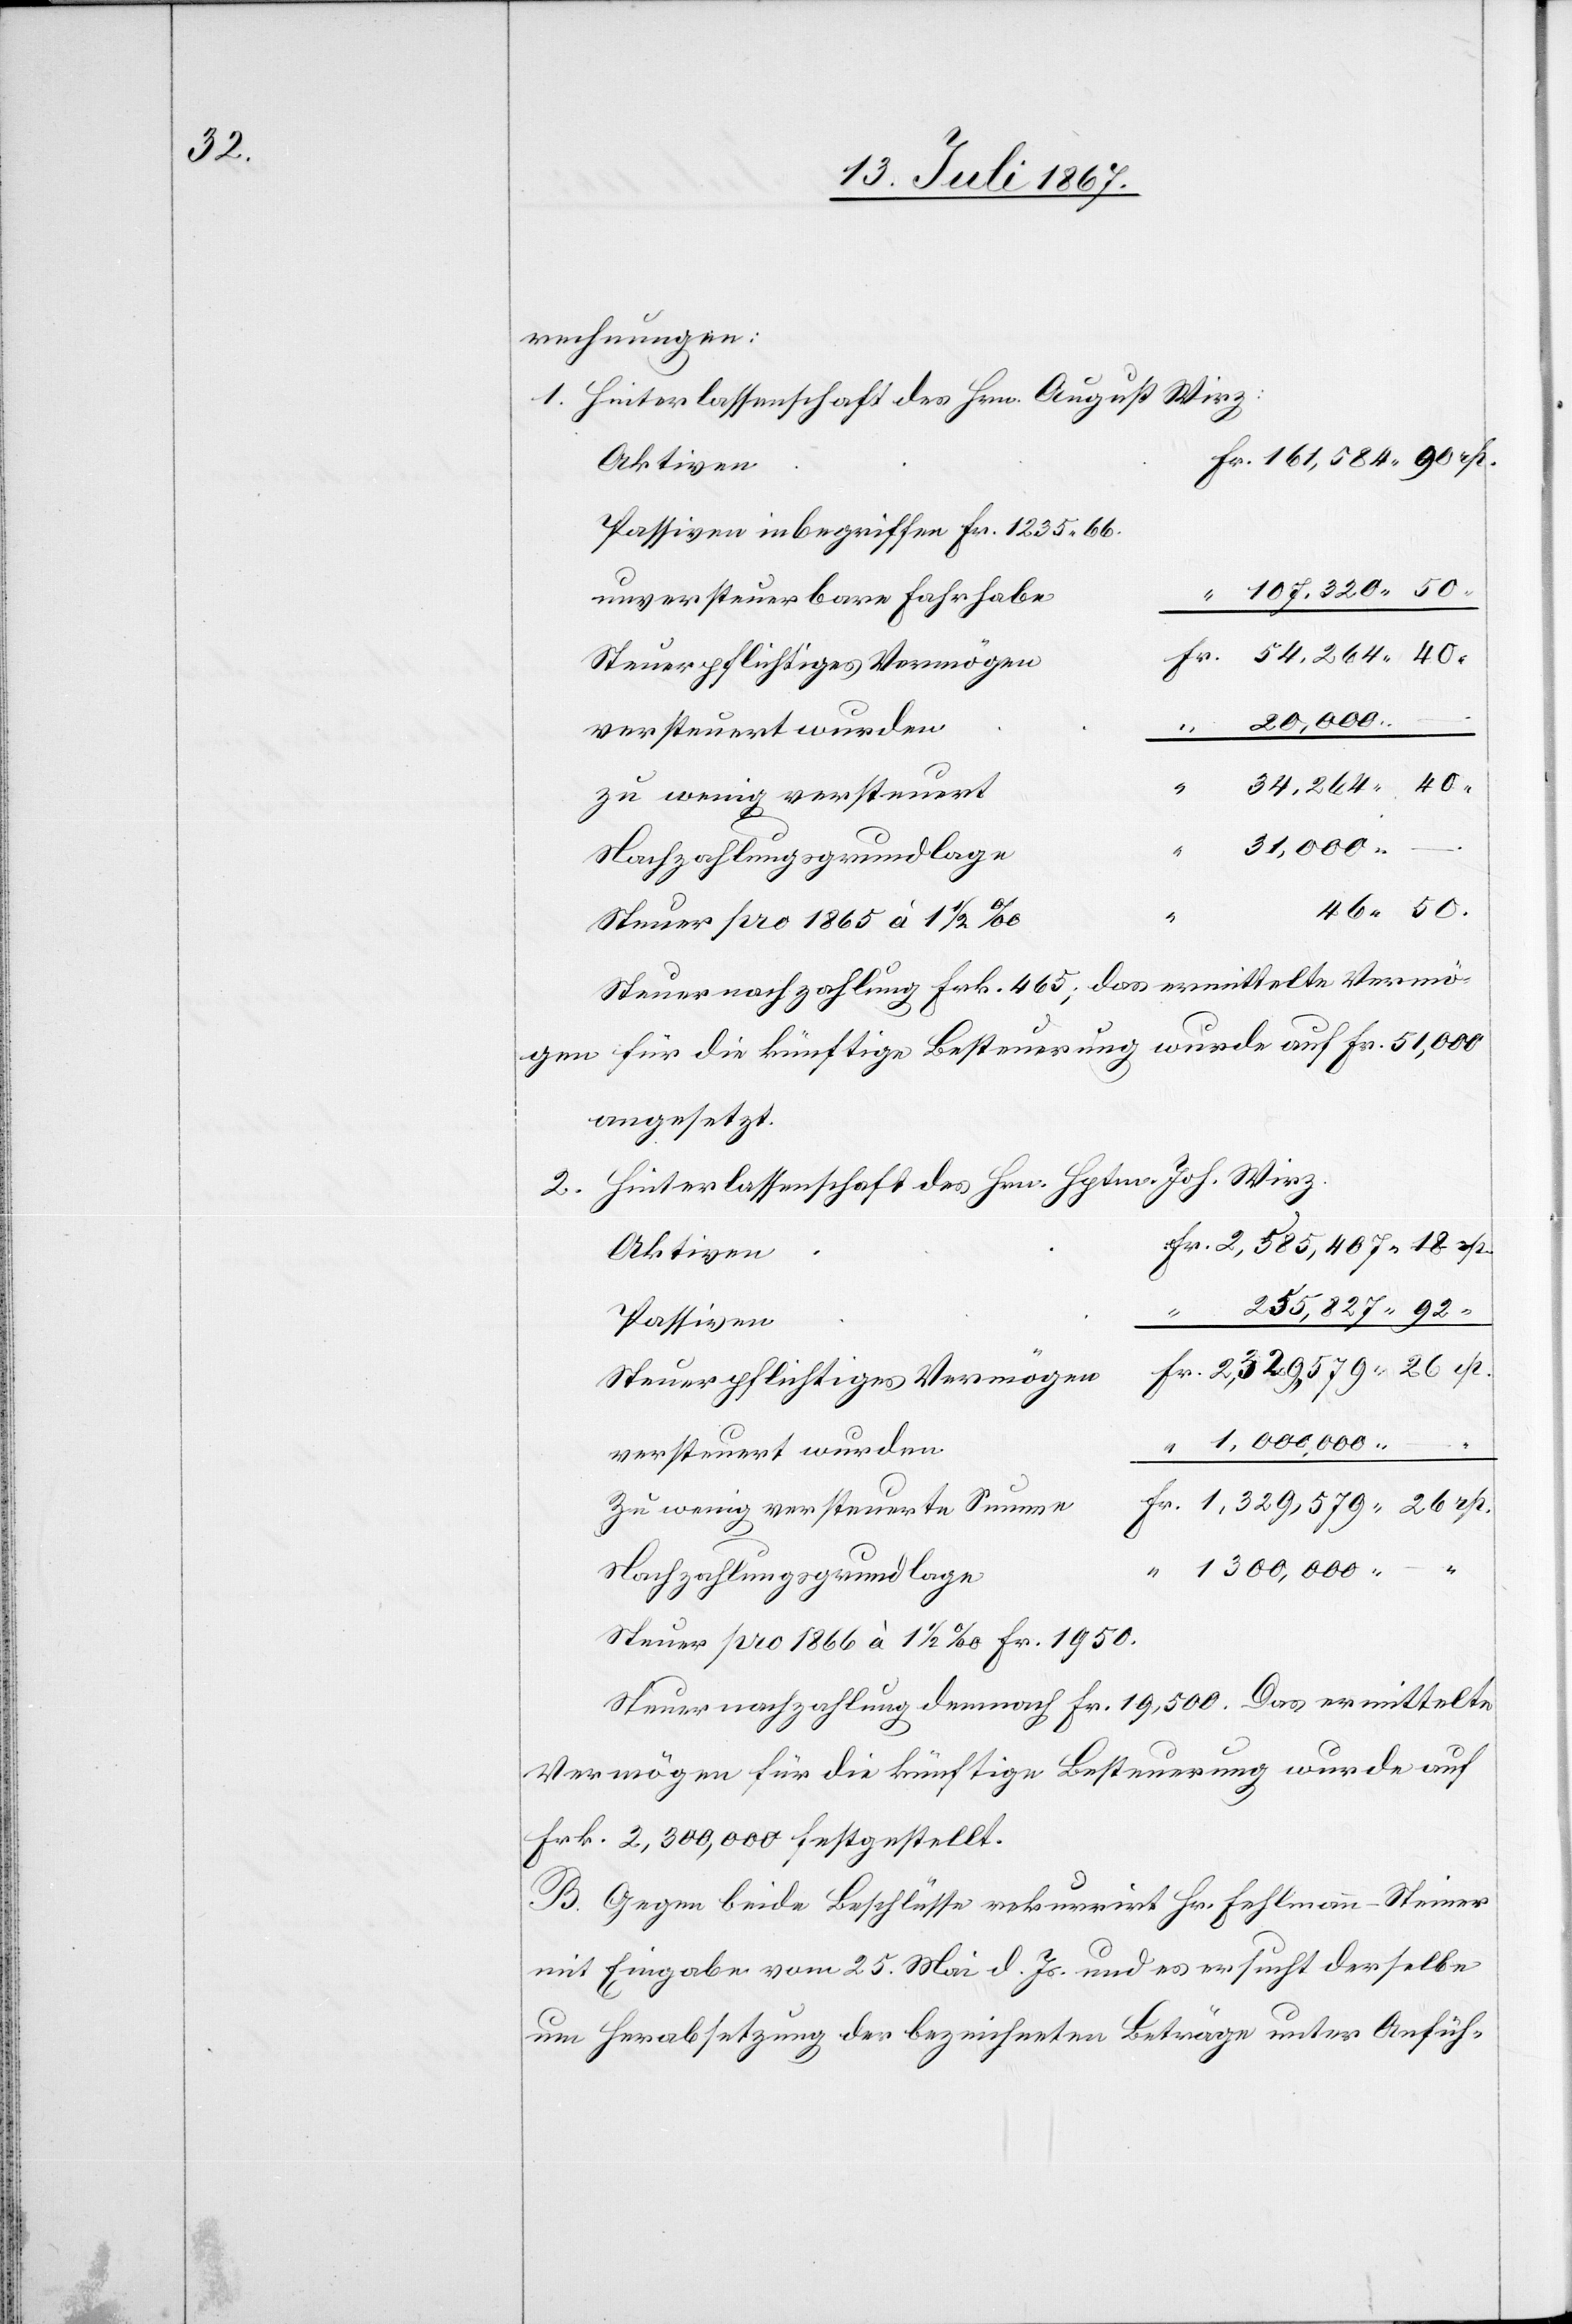
320.

rechnungen:
1. Hinterlassenschaft des Hrn. August Wirz:
Aktiven
Passiven inbegriffen Fr. 1235.66.
unversteuerbare Fahrhabe
Fr.
Steuerpflichtiges Vermögen
300 000.
–.
verteuert wurden
zu wenig versteuert
rp.
Nachzahlungsgrundlage
161 584.
Steuer pro 1865 à 1 1/2 ‰
Steuernachzahlung Frk. 465; das ermittelte Vermö¬
gen für die künftige Besteuerung wurde auf Fr. 51 000
angesetzt.
2. Hinterlassenschaft des Hrn. Hptm. Joh. Wirz.
235 827.
Passiven
“
1 000 000.
Zu wenig versteuerte Summe
Steuer pro 1866 à 1 1/2 ‰ Fr. 1950.
Steuernachzahlung demnach Fr. 19 500. Das ermittelte
Vermögen für die künftige Besteuerung wurde auf
Frk. 2 300 000 festgestellt.
B. Gegen beide Beschlüsse rekurrirt Hr. Fehlmann-Steiner
mit Eingabe vom 25. Mai d. Js. und es ersucht derselbe
um Herabsetzung der bezeichneten Beträge unter Anfüh-